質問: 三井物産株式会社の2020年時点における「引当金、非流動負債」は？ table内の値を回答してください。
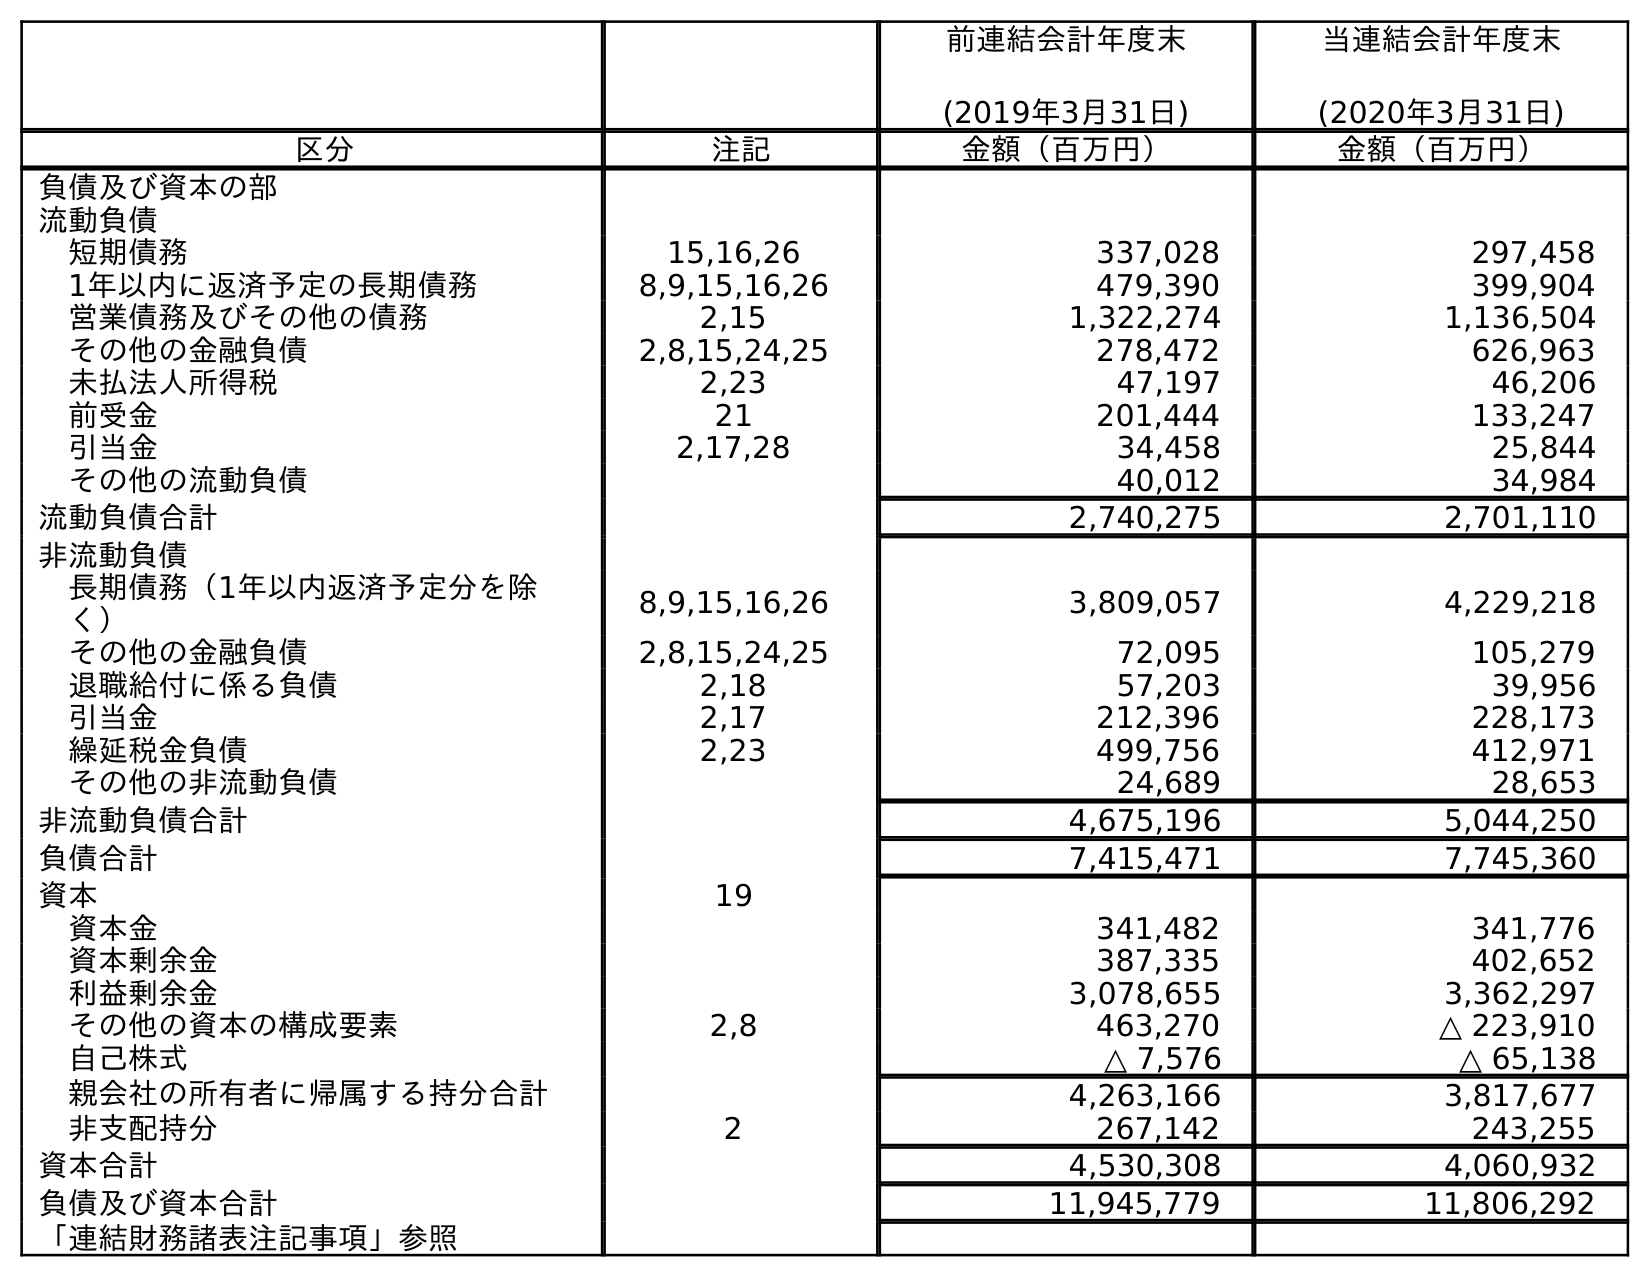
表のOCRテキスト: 前連結会計年度末 (2019年3月31日) 当連結会計年度末 (2020年3月31日) 区分 注記 金額（百万円） 金額（百万円） 負債及び資本の部 流動負債 短期債務 15,16,26 337,028 297,458 1年以内に返済予定の長期債務 8,9,15,16,26 479,390 399,904 営業債務及びその他の債務 2,15 1,322,274 1,136,504 その他の金融負債 2,8,15,24,25 278,472 626,963 未払法人所得税 2,23 47,197 46,206 前受金 21 201,444 133,247 引当金 2,17,28 34,458 25,844 その他の流動負債 40,012 34,984 流動負債合計 2,740,275 2,701,110 非流動負債 長期債務（1年以内返済予定分を除 く） 8,9,15,16,26 3,809,057 4,229,218 その他の金融負債 2,8,15,24,25 72,095 105,279 退職給付に係る負債 2,18 57,203 39,956 引当金 2,17 212,396 228,173 繰延税金負債 2,23 499,756 412,971 その他の非流動負債 24,689 28,653 非流動負債合計 4,675,196 5,044,250 負債合計 7,415,471 7,745,360 資本 19 資本金 341,482 341,776 資本剰余金 387,335 402,652 利益剰余金 3,078,655 3,362,297 その他の資本の構成要素 2,8 463,270 △ 223,910 自己株式 △ 7,576 △ 65,138 親会社の所有者に帰属する持分合計 4,263,166 3,817,677 非支配持分 2 267,142 243,255 資本合計 4,530,308 4,060,932 負債及び資本合計 11,945,779 11,806,292 「連結財務諸表注記事項」参照
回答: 228,173